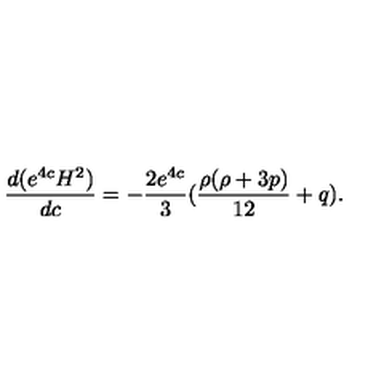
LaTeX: \frac { d ( e ^ { 4 c } H ^ { 2 } ) } { d c } = - \frac { 2 e ^ { 4 c } } { 3 } ( \frac { \rho ( \rho + 3 p ) } { 1 2 } + q ) .